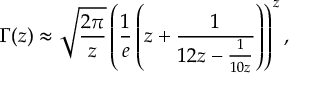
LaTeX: \Gamma ( z ) \approx { \sqrt { \frac { 2 \pi } { z } } } \left( { \frac { 1 } { e } } \left( z + { \frac { 1 } { 1 2 z - { \frac { 1 } { 1 0 z } } } } \right) \right) ^ { z } ,